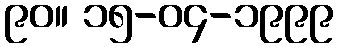
၉၀။ ၁၅-၀၄-၁၉၉၉